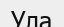
Ула